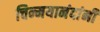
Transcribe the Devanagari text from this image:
चिन्मयानंदांनी